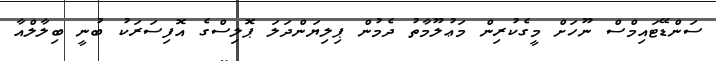
ސަންޑޭޓައިމްސް ނޫހަށް މީގެކުރިން މަޢުލޫމާތު ދެމުން ޕިލިޔަންދަލަ ޕޮލިސްގެ އޮފިސަރަކު ބުނީ ބިލާލްއާ